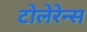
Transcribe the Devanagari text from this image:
टोलेरेन्स